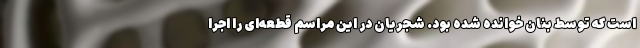
است که توسط بنان خوانده شده بود. شجریان در این مراسم قطعه‌ای را اجرا